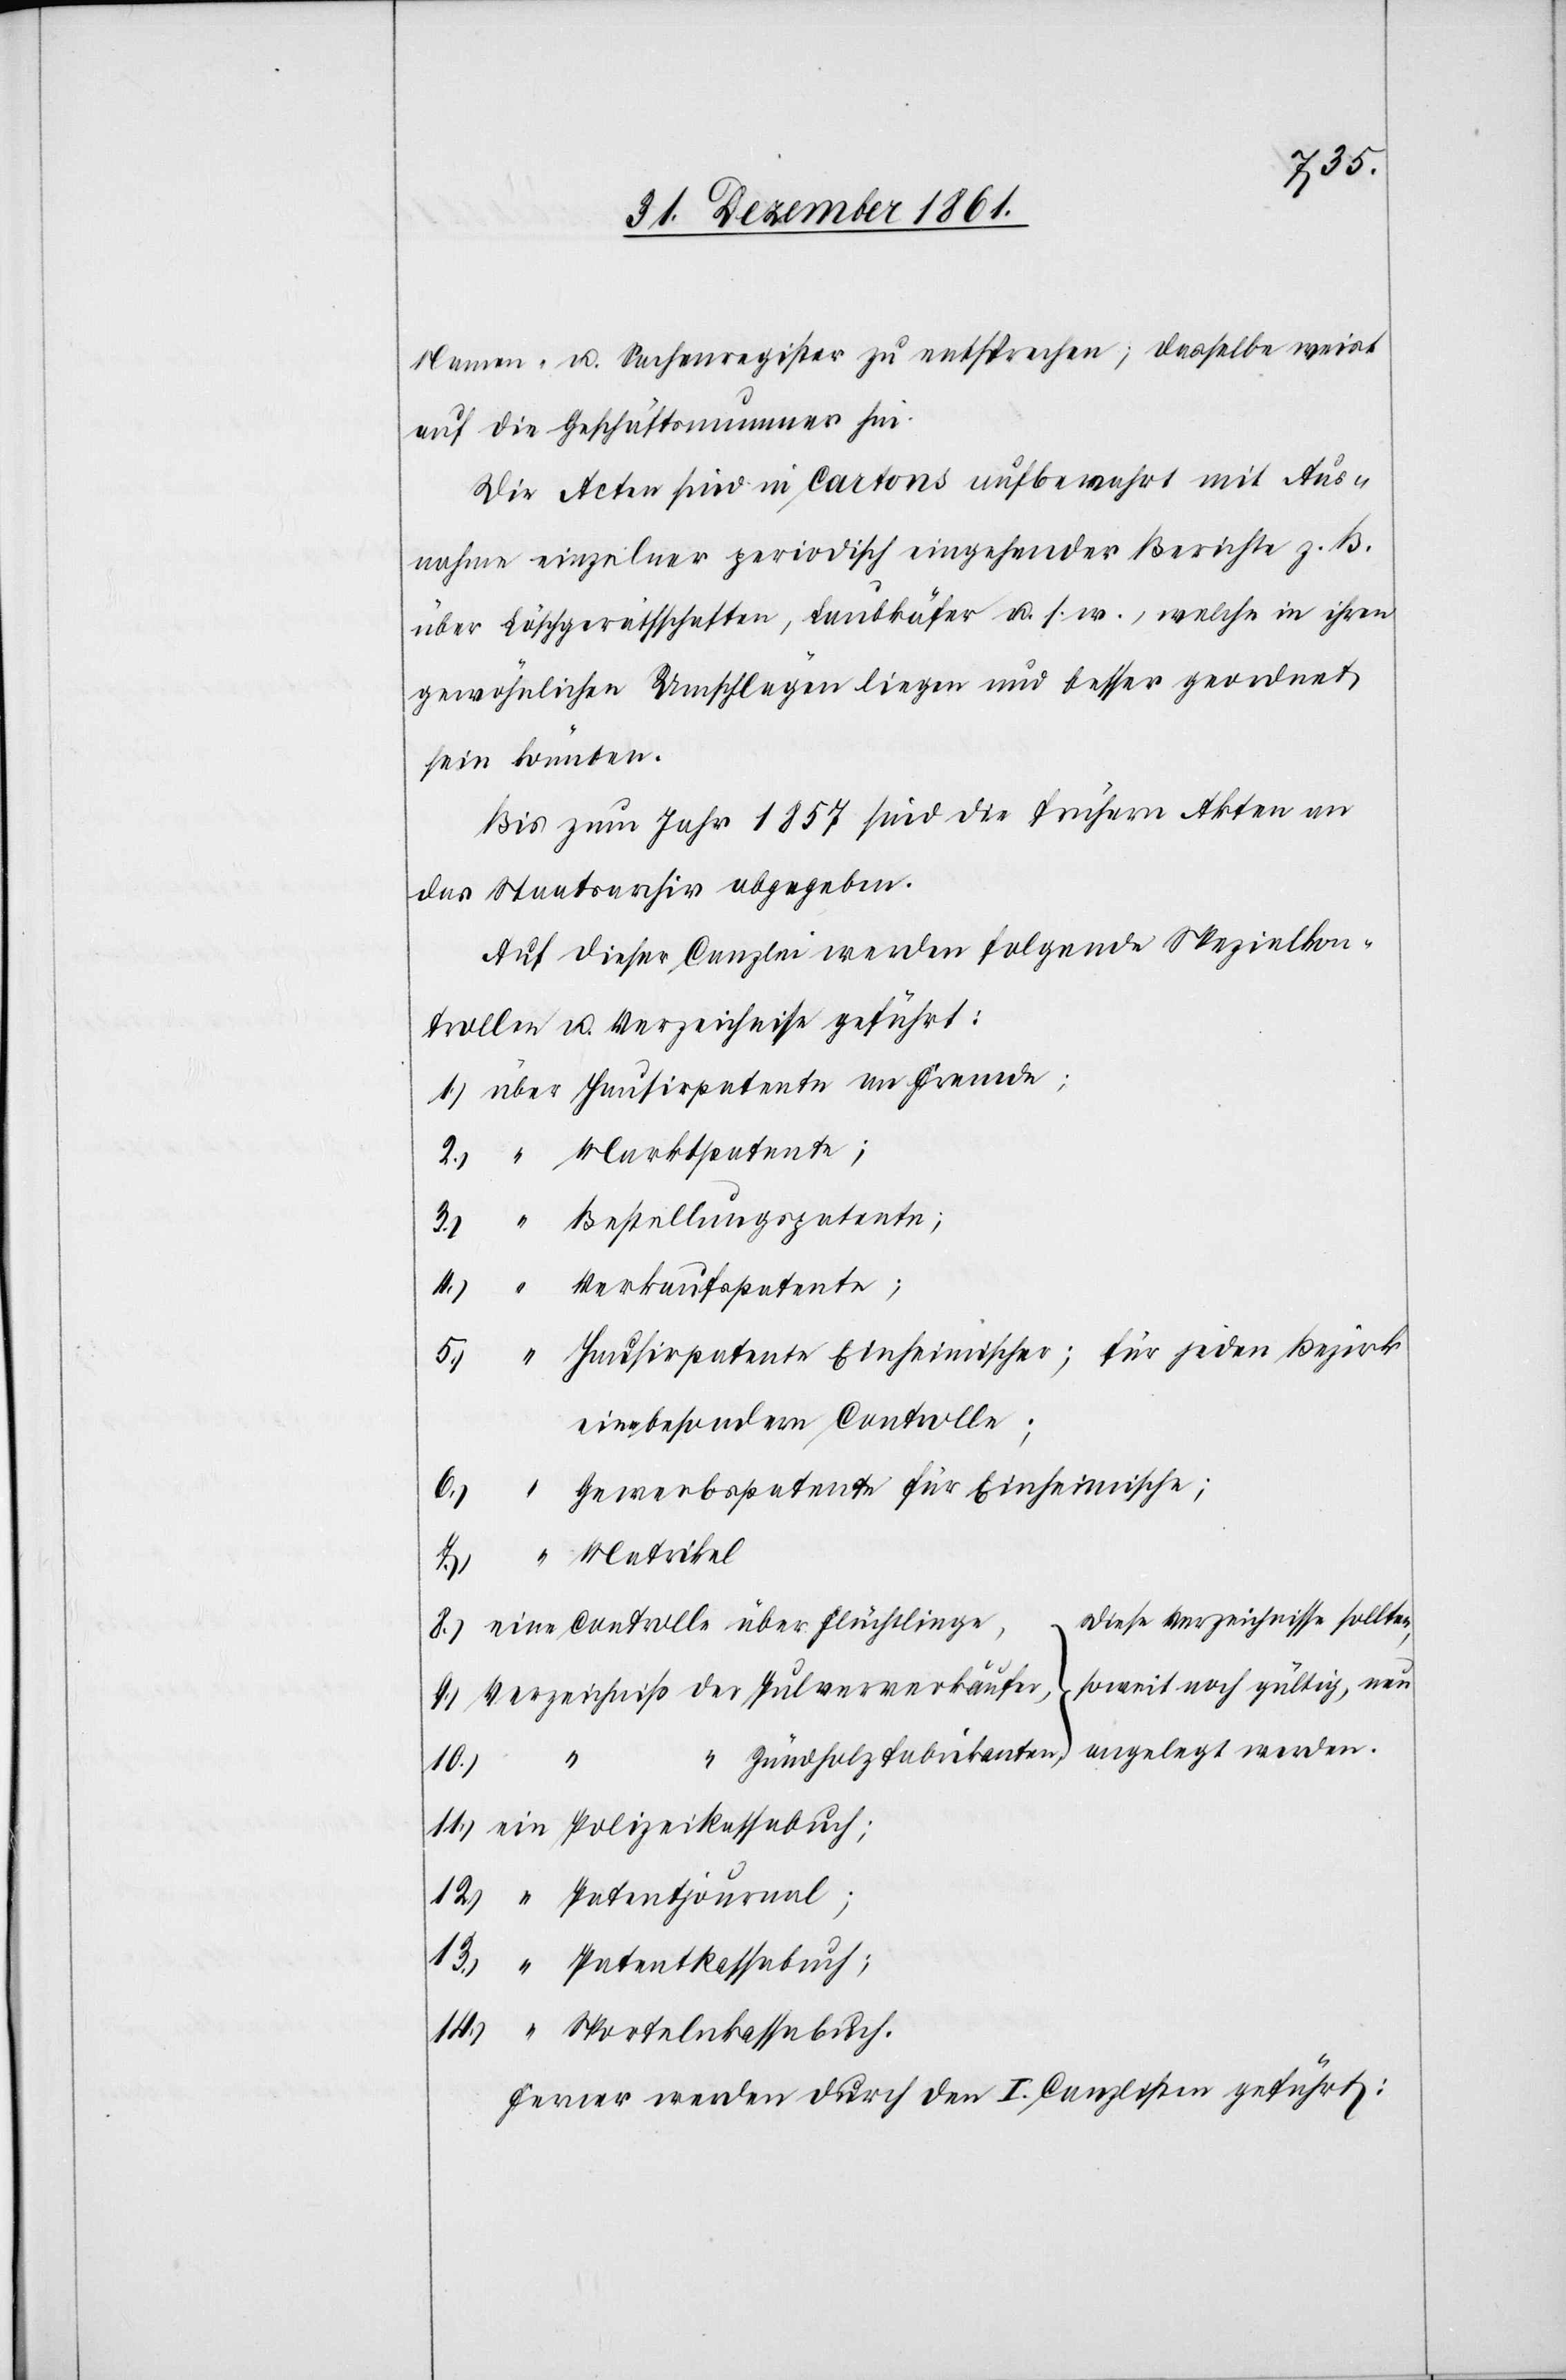
Namen- u. Sachenregister zu entsprechen; dasselbe weist
auf die Geschäftsnummer hin.
Die Akten sind in Cartons aufbewahrt mit Aus¬
nahme einzelner periodisch eingehender Berichte z. B.
über Löschgeräthschaften, Laubkäfer u. s. w., welche in ihren
gewöhnlichen Umschlägen liegen und besser geordnet
sein könnten.
Bis zum Jahr 1857 sind die frühern Akten an
das Staatsarchiv abgegeben.
Auf dieser Canzlei werden folgende Spezialkon¬
trollen u. Verzeichnisse geführt:
1.) über Hausirpatente an Fremde;
2.) “ Marktpatente;
Bestellungspatente;
4.) “ Verkaufspatente;
5.) “ Hausirpatente Einheimischer; für jeden Bezirk
eine besondere Controlle;
6.) “ Gewerbspatente für Einheimische;
7.) “ Matrikel
e,	diese Verzeichnisse sollten,
8.) eine Controlle über Flüchtling¬
soweit noch gültig, neu
9.) Verzeichniß der Pulververkäufe,
3.)
10.)
11.) ein Polizeikassabuch;
12.) “ Patentjournal;
13.) “ Patentkassabuch;
14.) “ Sportelnkassabuch.
Ferner werden durch den I. Canzlisten geführt: